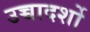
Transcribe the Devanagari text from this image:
उच्चादर्शो